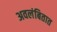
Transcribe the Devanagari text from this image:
अवलंबितात